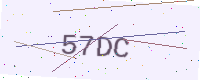
Text: 57DC